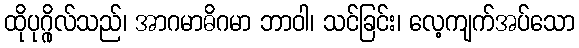
ထိုပုဂ္ဂိုလ်သည်၊ အာဂမာဓိဂမာ ဘာဝါ၊ သင်ခြင်း၊ လေ့ကျက်အပ်သော